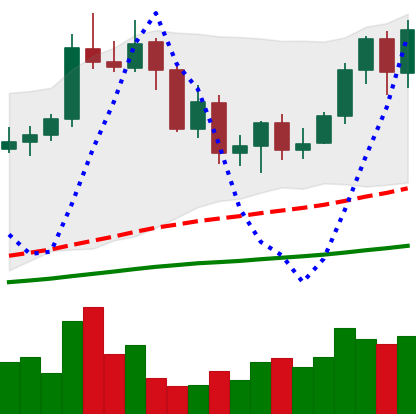
Ticker: NEO-USD
Chart end date: 2020-09-14
Forward return: 11.758%
Label: up_7plus